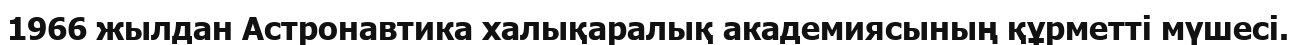
1966 жылдан Астронавтика халықаралық академиясының құрметті мүшесі.